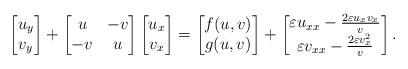
LaTeX: \begin{align*}\begin{bmatrix} u_y\\ v_y \end{bmatrix}+\begin{bmatrix} u & -v\\ -v & u \end{bmatrix}\begin{bmatrix} u_x \\ v_x\end{bmatrix}=\begin{bmatrix} f(u,v)\\ g(u,v) \end{bmatrix}+\begin{bmatrix} \varepsilon u_{xx}-\frac{2\varepsilon u_xv_x}{v}\\\varepsilon v_{xx}-\frac{2\varepsilon v_x^2}{v} \end{bmatrix}.\end{align*}